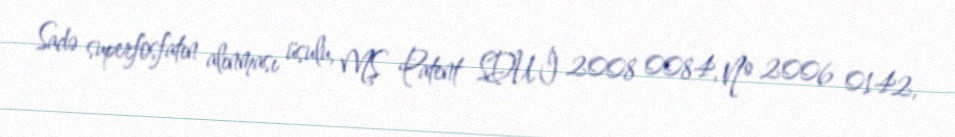
Sadə superfosfatın alınması üsulu, MŞ Patent SDU İ 2008 0084, № 2006 0142,